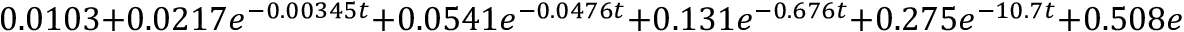
0 . 0 1 0 3 + 0 . 0 2 1 7 e ^ { - 0 . 0 0 3 4 5 t } + 0 . 0 5 4 1 e ^ { - 0 . 0 4 7 6 t } + 0 . 1 3 1 e ^ { - 0 . 6 7 6 t } + 0 . 2 7 5 e ^ { - 1 0 . 7 t } + 0 . 5 0 8 e ^ { - 2 2 1 t }